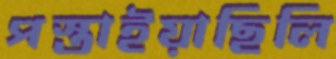
পস্তাইয়াছিলি